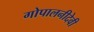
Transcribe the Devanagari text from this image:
गोपालनीदेवी